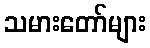
သမားတော်များ